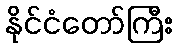
နိုင်ငံတော်ကြီး